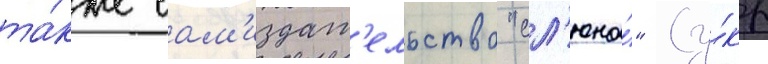
та́кже сам'издат'ельство "сл'юна́" (у́кр